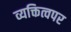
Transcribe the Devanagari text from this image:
व्यक्तित्वपर